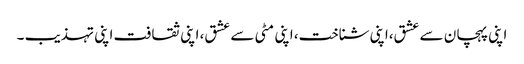
اپنی پہچان سے عشق،اپنی شناخت، اپنی مٹی سے عشق، اپنی ثقافت اپنی تہذیب ۔